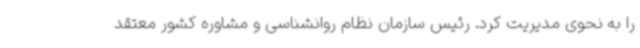
را به نحوی مدیریت کرد. رئیس سازمان نظام روانشناسی و مشاوره کشور معتقد